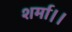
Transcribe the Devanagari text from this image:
शर्मा।।